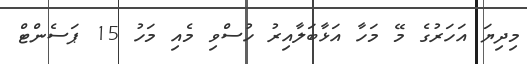
މިދިޔަ އަހަރުގެ މޭ މަހާ އަޅާބަލާއިރު ހުސްވި މެއި މަހު 15 ޕަސެންޓް